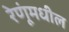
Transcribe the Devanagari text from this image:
रेणूंमधील